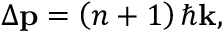
\Delta \mathbf { p } = \left( n + 1 \right) \hbar \mathbf { k } ,